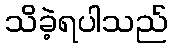
သိခဲ့ရပါသည်